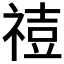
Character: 𥚧